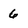
Character: 6